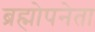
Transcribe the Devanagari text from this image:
ब्रह्मोपनेता